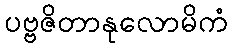
ပဗ္ဗဇိတာနုလောမိကံ